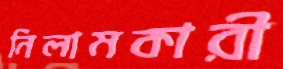
নিলামকারী